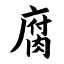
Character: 腐